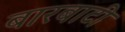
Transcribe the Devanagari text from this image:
बारबाटी